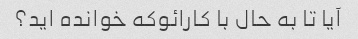
آیا تا به حال با کارائوکه خوانده اید؟